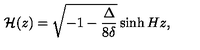
{ \cal H } ( z ) = \sqrt { - 1 - \frac { \Delta } { 8 \delta } } \sinh { H z } ,